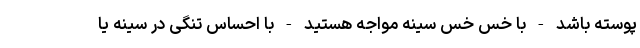
پوسته باشد - با خس خس سینه مواجه هستید - با احساس تنگی در سینه یا